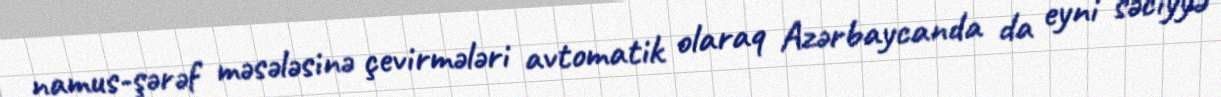
namus-şərəf məsələsinə çevirmələri avtomatik olaraq Azərbaycanda da eyni səciyyə